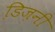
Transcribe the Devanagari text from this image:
डि़ज़नी